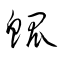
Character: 鯤